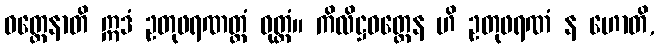
ဝတ္ထေနာတိ ဣဒံ ဥတုဖရဏတ္ထံ ဝုတ္တံ။ ကိလိဋ္ဌဝတ္ထေန ဟိ ဥတုဖရဏံ န ဟောတိ,